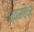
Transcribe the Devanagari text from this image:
श्वासरंध्र